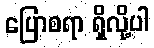
ပြောစရာ ရှိလို့ပါ